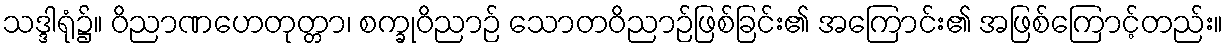
သဒ္ဒါရုံ၌။ ဝိညာဏဟေတုတ္တာ၊ စက္ခုဝိညာဉ် သောတဝိညာဉ်ဖြစ်ခြင်း၏ အကြောင်း၏ အဖြစ်ကြောင့်တည်း။